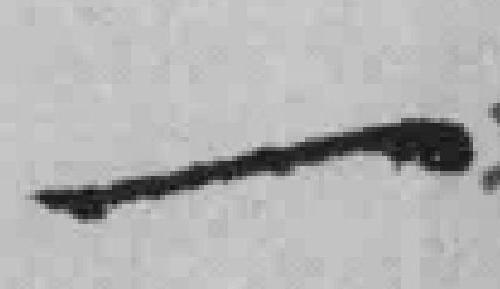
一